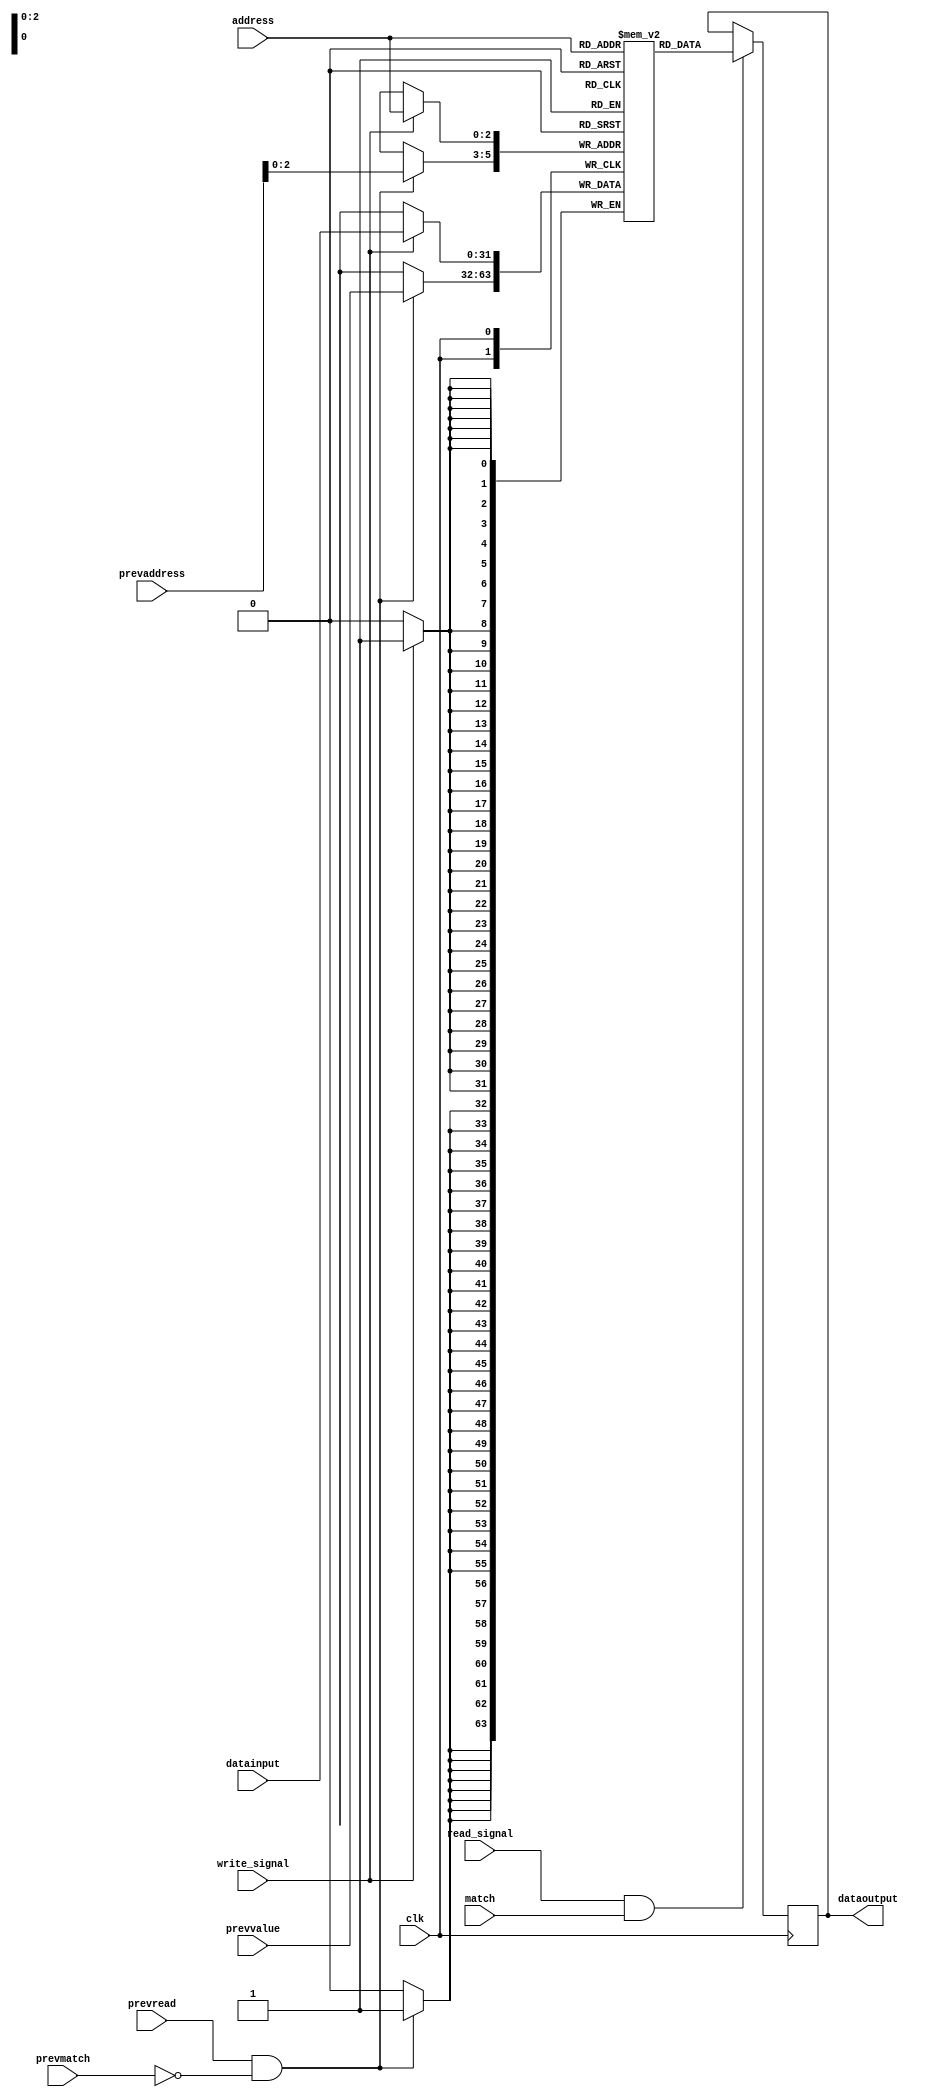
//cache memory 
module DataRam(address,datainput,dataoutput,clk,write_signal,read_signal,match,prevaddress,prevread,prevvalue,prevmatch);

parameter index = 3;                    //number of index bits
parameter cachesize = 8;				
parameter memorybits = 5;				//number of bits reqd to represent full address of main memory

input[index-1:0] address;				//index field
input[31:0] datainput;					//data to be written	
output[31:0] dataoutput;				//data to be read
input[31:0] prevvalue;					//data which was read in previous cycle if it was a miss then need to be stored to cache
input[memorybits-1:0] prevaddress;		//previous add reqd. to replace the block
input prevread;
input clk;
input write_signal;
input read_signal;
input match;
input prevmatch;					 // previous was a miss or a hit

reg[31:0] dataoutput;
reg[31:0] data[7:0];

always @(posedge clk)
begin
if(write_signal==1)
			data[address] = datainput;
if(prevread==1&&prevmatch==0)				// if in previous cycle it was a miss then we need to replace the block
			data[prevaddress[index-1:0]] = prevvalue;
end

always @(negedge clk)
begin
		if(read_signal==1&&match==1)
			dataoutput = data[address];
end

endmodule